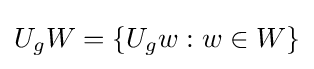
U_{g}W=\{U_{g}w:w\in W\}